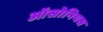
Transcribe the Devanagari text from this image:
ऑसोनियस